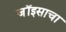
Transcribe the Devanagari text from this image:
जॉइसाचा